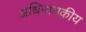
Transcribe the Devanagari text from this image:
अधिनायकीय